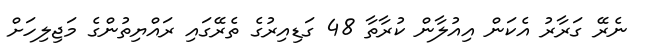
ނެރޭ ގަރާރު އެކަން އިއުލާން ކުރާތާ 48 ގަޑިއިރުގެ ތެރޭގައި ރައްޔިތުންގެ މަޖިލިހަށް